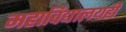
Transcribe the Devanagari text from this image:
महाविद्यालयही